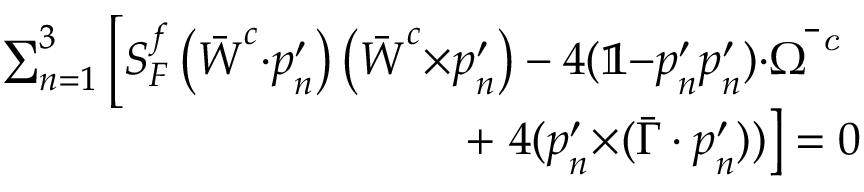
\begin{array} { r } { \sum _ { n = 1 } ^ { 3 } \left[ S _ { F } ^ { f } \left( \bar { \boldsymbol { W } } ^ { c } { \cdot } \boldsymbol { p } _ { n } ^ { \prime } \right) \left( \bar { \boldsymbol { W } } ^ { c } { \times } \boldsymbol { p } _ { n } ^ { \prime } \right) - 4 ( \mathbb { 1 } { - } \boldsymbol { p } _ { n } ^ { \prime } \boldsymbol { p } _ { n } ^ { \prime } ) { \cdot } \bar { \boldsymbol { \Omega } ^ { \textit { c } } } \right. } \\ { + \left. 4 ( \boldsymbol { p } _ { n } ^ { \prime } { \times } ( \bar { \boldsymbol { \Gamma } } \cdot \boldsymbol { p } _ { n } ^ { \prime } ) ) \right] = 0 } \end{array}